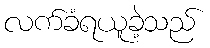
လက်ခံရယူခဲ့သည်